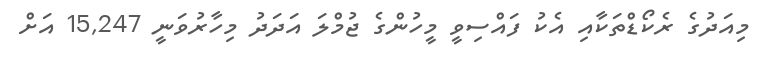
މިއަދުގެ ރެކޯޑްތަކާއި އެކު ފައްސިވީ މީހުންގެ ޖުމްލަ އަދަދު މިހާރުވަނީ 15